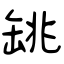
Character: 罀